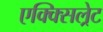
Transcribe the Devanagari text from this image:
एक्क्सिल्रेट